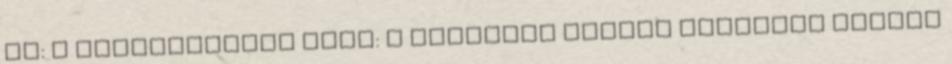
In: A teremtmények arca: a huszadik század legszebb magyar